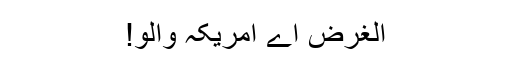
الغرض اے امریکہ والو!